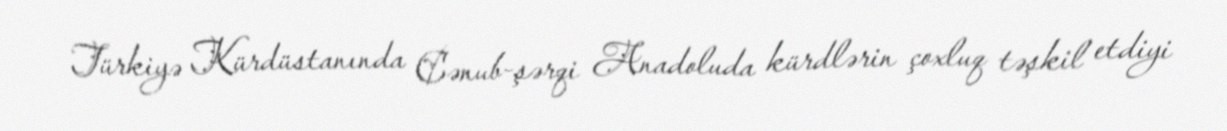
Türkiyə Kürdüstanında Cənub-şərqi Anadoluda kürdlərin çoxluq təşkil etdiyi